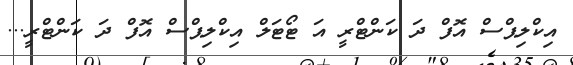
އިކްލިޕްސް އޮފް ދަ ކަންޓްރީ އަ ޓޯޓަލް އިކްލިޕްސް އޮފް ދަ ކަންޓްރީ...